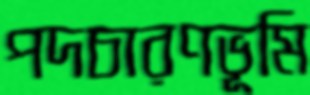
পদচারণভূমি